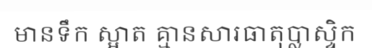
មានទឹក ស្អាត គ្មានសារធាតុប្លាស្ទិក